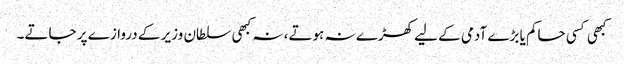
کبھی کسی حاکم یا بڑے آدمی کے لیے کھڑے نہ ہوتے، نہ کبھی سلطان وزیر کے دروازے پر جاتے۔